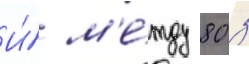
И́ м'е́жду 80 з